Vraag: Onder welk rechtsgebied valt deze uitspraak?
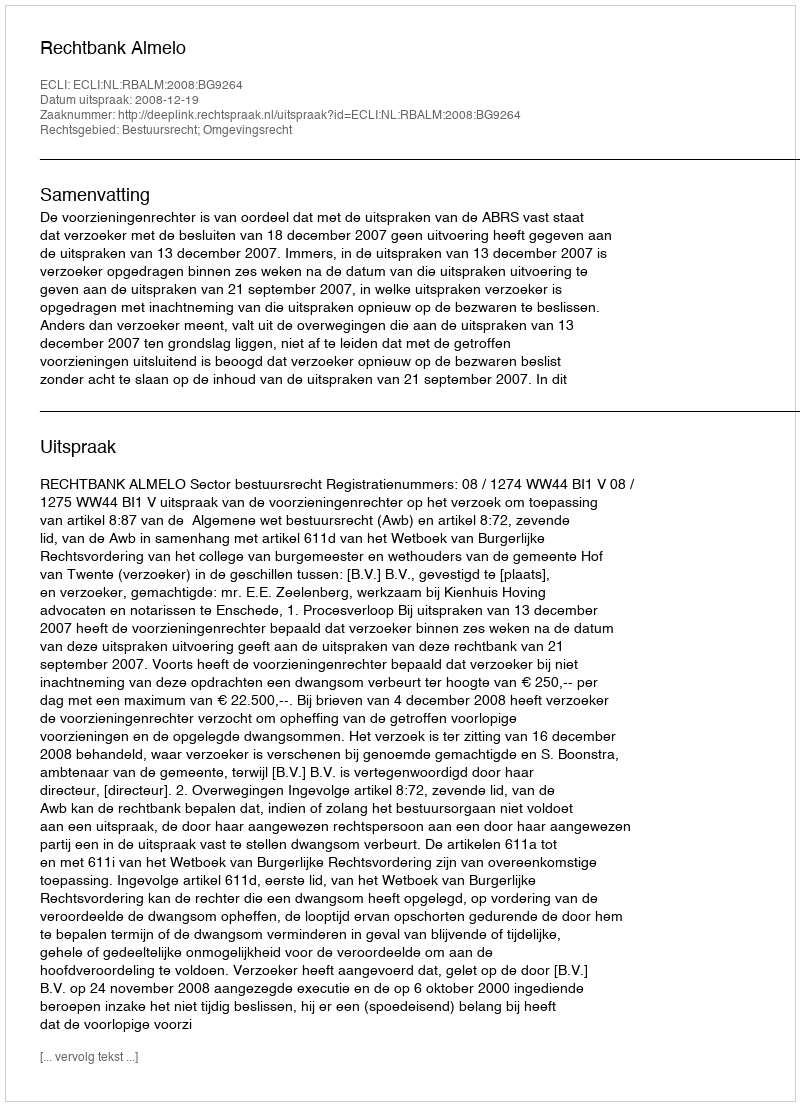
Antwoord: Bestuursrecht; Omgevingsrecht